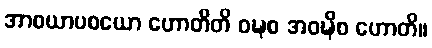
အာစယာပစယော ဟောတီတိ ဝဍ္ဎစ အဝဍ္ဎိစ ဟောတိ။